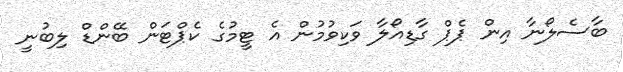
ބާސެލޯނާ އިން ޕެޕް ގާޑިއޯލާ ވަކިވުމުން އެ ޓީމުގެ ކެޕްޓަން ބޭންޑް ލިބުނީ